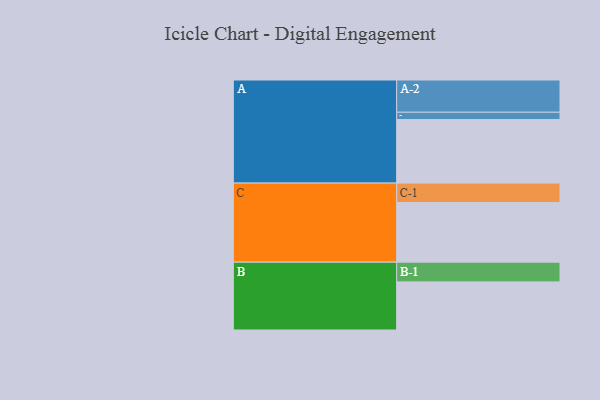
{"axis": {"x": "Segment", "y": "Value"}, "legend": ["", "A", "B", "C"], "data": [{"x": "A", "y": 544, "type": ""}, {"x": "B", "y": 412, "type": ""}, {"x": "C", "y": 511, "type": ""}, {"x": "A-1", "y": 63, "type": "A"}, {"x": "A-2", "y": 276, "type": "A"}, {"x": "B-1", "y": 169, "type": "B"}, {"x": "C-1", "y": 166, "type": "C"}]}